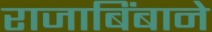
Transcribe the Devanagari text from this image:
राजाबिंबाने